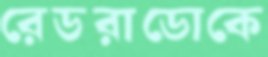
রেডরাডোকে